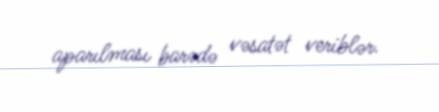
aparılması barədə vəsatət veriblər.